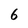
Character: 6